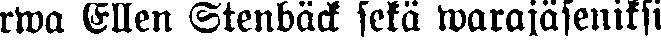
rwa Ellen Stenbäck sekä warajäseniksi